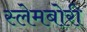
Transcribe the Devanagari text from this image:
स्‍लेमबोरी